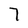
Character: 7